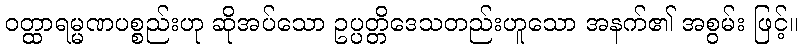
ဝတ္ထာရမ္မဏပစ္စည်းဟု ဆိုအပ်သော ဥပ္ပတ္တိဒေသတည်းဟူသော အနက်၏ အစွမ်း ဖြင့်။